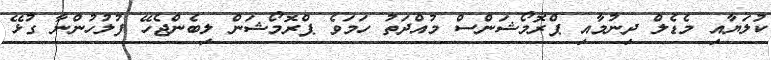
ކުލަޔާއި މެޑެލް ދިނުމާއި ޕްރޮމޯޝަންސް މުއްދަތު ހަމަވެ ޕްރޮމޯޝަން ލިބެންޖެހޭ ފުލުހުންނާ ގުޅޭ